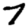
Digit: 7